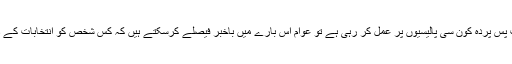
اور اگر ہمیں (عوام کو) یہ علم ہو کہ حکومت پسِ پردہ کون سی پالیسیوں پر عمل کر رہی ہے تو عوام اس بارے میں باخبر فیصلے کرسکتے ہیں کہ کس شخص کو انتخابات کے ذریعے منتخب کرکے دفتر میں بٹھایا جائے۔